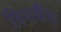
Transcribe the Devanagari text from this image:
बिगबैंग